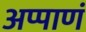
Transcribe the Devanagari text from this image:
अप्पाणं